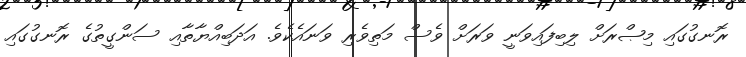
ރޮނގުގައި މިޞްރަށް ލިބިފައިވަނީ ވަރަށް ވެސް މަތިވެރި ވަނައެކެވެ. އަދަބިއްޔާތާއި ސަންގީތުގެ ރޮނގުގައި